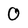
Character: 0